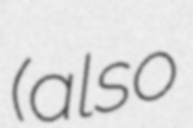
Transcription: (also